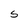
Character: S